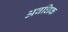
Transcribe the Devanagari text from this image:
अवधिक